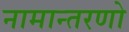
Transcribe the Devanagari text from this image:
नामान्तरणो